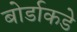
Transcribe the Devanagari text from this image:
बोर्डाकडे